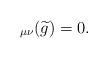
LaTeX: \begin{align*}_{\mu\nu} (\widetilde g)=0.\end{align*}